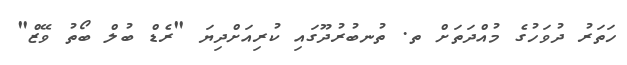
ހަތަރު ދުވަހުގެ މުއްދަތަށް ތ. ތުނބުރުދޫގައި ކުރިއަށްދިޔަ "ރެޑް ބުލް ބޯތު ވޭޒް"